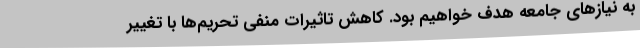
به نیازهای جامعه هدف خواهیم بود. کاهش تاثیرات منفی تحریم‌ها با تغییر